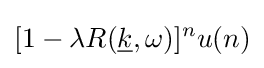
[1-\lambda R({\underline {k}},\omega )]^{n}u(n)